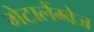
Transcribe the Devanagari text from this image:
मेटालैंग्वेज